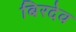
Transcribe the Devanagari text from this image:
बिरदेव